Vaccination in Bombay 1874-1876 - 1874-1876
Year: 1874
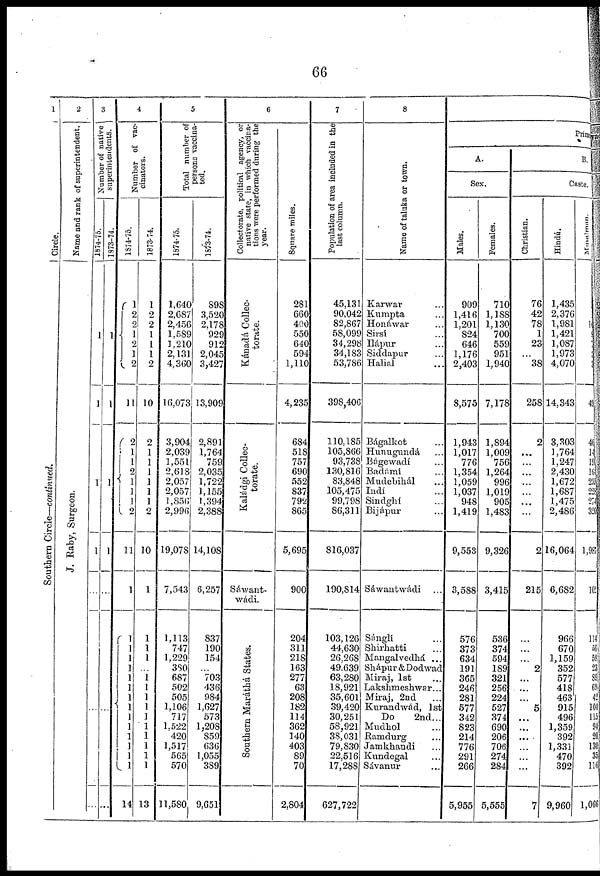
66
1
Circle.
Southern Circle—continued.
2
Name and rank of superintendent.
J. Raby, Surgeon.
3
Number of native
superintendents.
1874-75.
1
1
1
1
...
...
...
1973-74.
1
1
1
1
...
...
...
4
Number of vac-
cinators.
1874-75.
1
2
2
1
2
1
2
11
2
1
1
2
1
1
1
2
11
1
1
1
1
1
1
1
1
1
1
1
1
1
1
1
14
1873-74.
1
2
2
1
1
1
2
10
2
1
1
1
1
1
1
2
10
1
1
1
1
...
1
1
1
1
1
1
1
1
1
1
13
5
Total number of
persons vaccina-
ted.
1874-75.
1,640
2,687
2,456
1,589
1,210
2,131
4,360
16,073
3,904
2,039
1,551
2,618
2,057
2,057
1,856
2,996
19,078
7,543
1,113
747
1,229
380
687
502
505
1,106
717
1,522
420
1,517
565
570
11,580
1873-74.
898
3,520
2,178
929
912
2,045
3,427
13,909
2,891
1,764
759
2,035
1,722,
1,155
1,394
2,388
14,108
6,257
837
190
154
...
703
436
984
1,627
573
1,208
859
636
1,055
389
9,651
6
Collectorate, political agency, or
native state, in which vaccina-
tions were performed during the
year.
Kánadá Collec-
torate.
Kaládgi Collec-
torate.
Sáwant¬
wádi.
Southern Maráthá States.
Square miles.
281
660
400
550
640
594
1,110
4,235
684
518
757
690
552
837
792
865
5,695
900
204
311
218
163
277
63
208
182
114
362
140
403
89
70
2,804
7
Population of area included in the
last column.
45,131
90,042
82,867
58,099
34,298
34,183
53,786
398,406
110,185
105,866
93,738
130,816
83,848
105,475
99,798
86,311
816,037
190,814
103,126
44,630
26,268
49,639
63,280
18,921
35,601
39,420
30,251
58,921
38,031
79,830
22,516
17,288
627,722
8
Name of taluka or town.
Karwar ...
Kumpta ...
Honáwar ...
Sirsí ...
Ilápur ...
Siddapur ...
Halial ...
Bágalkot ...
Hunugundá ...
Bágewadí ...
Badámí ...
Mudebihál ...
Indí ...
Sindghí ...
Bijápur ...
Sáwantwádi ...
Sángli ...
Shirhatti ...
Mangalvedhá ...
Shápur & Dodwad
Miraj, 1st ...
Lakshmeshwar...
Miraj, 2nd
Kurandwád, 1st
Do
2nd...
Mudhol ...
Ramdurg ...
Jamkhandi ...
Kundegal ...
Sávanur ...
Primary
A.
Sex.
Males.
909
1,416
1,201
824
646
1,176
2,403
8,575
1,943
1,017
776
1,354
1,059
1,037
948
1,419
9,553
3,588
576
373
634
191
365
246
281
577
342
823
214
776
291
266
5,955
Females.
710
1,188
1,130
700
559
951
1,940
7,178
1,894
1,009
756
1,264
996
1,019
905
1,483
9,326
3,415
536
374
694
189
321
256
224
527
374
690
206
706
274
284
5,555
B.
Caste.
Christian.
76
42
78
1
23
...
38
258
2
...
...
...
...
...
...
...
2
215
...
...
...
2
...
...
...
5
...
...
...
...
...
...
7
Hindú.
1,435
2,376
1,981
1,421
1,087
1,973
4,070
14,343
3,303
1,764
1,247
2,430
1,672
1,687
1,475
2,486
16,064
6,682
966
670
1,159
352
577
418
463
915
496
1,359
392
1,331
470
392
9,960
Musalman.
1
49
40
14
15
16
25
22
27
32
1,987
10
1
56
59
23 89
69
42
104
115
94
20
13 35
11
1,060